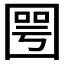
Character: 𡈆